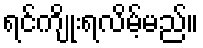
ရင်ကျိုးရလိမ့်မည်။